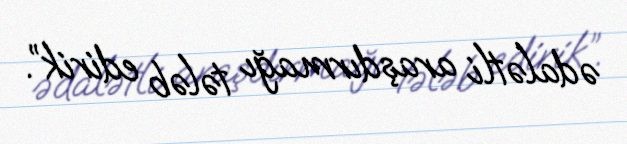
ədalətli araşdırmağı tələb edirik”.